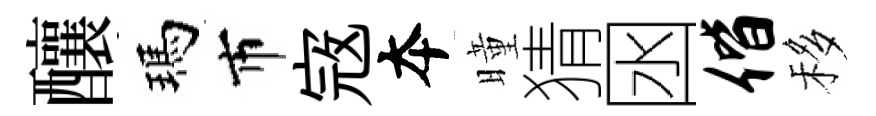
釀瑪市𡨥夲曈猜囦偕移